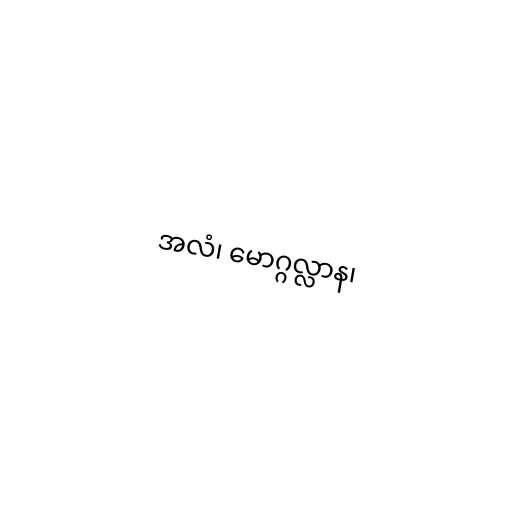
အလံ၊ မောဂ္ဂလ္လာန၊